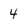
Character: 4